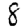
Digit: 8